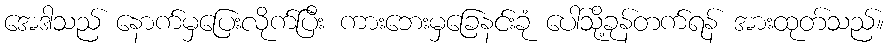
အေဒါသည် နောက်မှပြေးလိုက်ပြီး ကားဘေးမှခြေနင်းခုံ ပေါ်သို့ခုန်တက်ရန် အားထုတ်သည်။